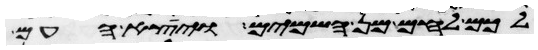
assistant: לכם לחם מן השמים ויצא העם